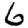
Digit: 6